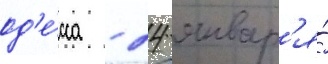
од'е́сса - 24 январ'я́